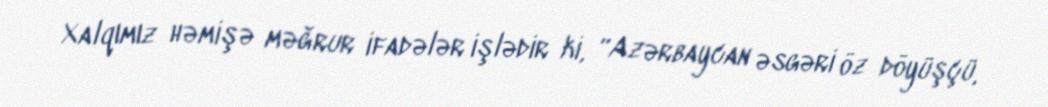
Xalqımız həmişə məğrur ifadələr işlədir ki, “Azərbaycan əsgəri öz döyüşçü,